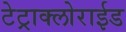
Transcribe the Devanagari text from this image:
टेट्राक्लोराईड